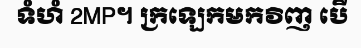
ទំហំ 2MP។ ក្រឡេកមកវិញ បើ